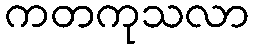
ကတကုသလာ